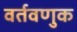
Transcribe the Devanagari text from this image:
वर्तवणुक